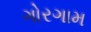
ગોરગામ